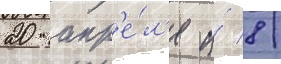
20 апр'е́л'я и́ 8